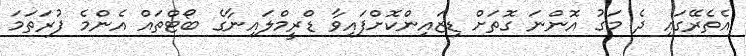
އެތެރޭގައި ދެ މަގު އޮންނަ ގޮތަށް ޑިޒައިންކޮށްފައިވާ ޑްރީމްލައިނާގެ ބޯޓްތައް އެންމެ ފުރަތަމަ